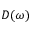
D ( \omega )